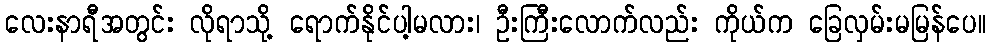
လေးနာရီအတွင်း လိုရာသို့ ရောက်နိုင်ပါ့မလား၊ ဦးကြီးလောက်လည်း ကိုယ်က ခြေလှမ်းမမြန်ပေ။